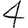
Digit: 4